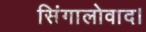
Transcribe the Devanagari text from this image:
सिंगालोवाद।